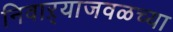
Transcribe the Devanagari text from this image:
निवाऱ्याजवळच्या